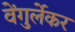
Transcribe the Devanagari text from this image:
वेंगुर्लेकर